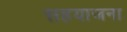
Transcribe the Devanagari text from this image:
सहयाजना